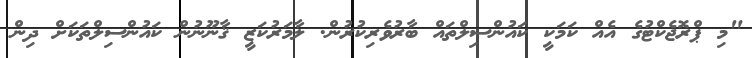
"މި ޕްރޮޖެކްޓުގެ އެއް ކަމަކީ ކައުންސިލްތައް ބާރުވެރިކުރުން. ލާމަރުކަޒީ ޤާނޫނުން ކައުންސިލްތަކަށް ދިން